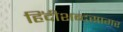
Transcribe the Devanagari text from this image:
हिंदीशब्दसागर